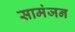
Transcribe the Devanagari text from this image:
सामंजन